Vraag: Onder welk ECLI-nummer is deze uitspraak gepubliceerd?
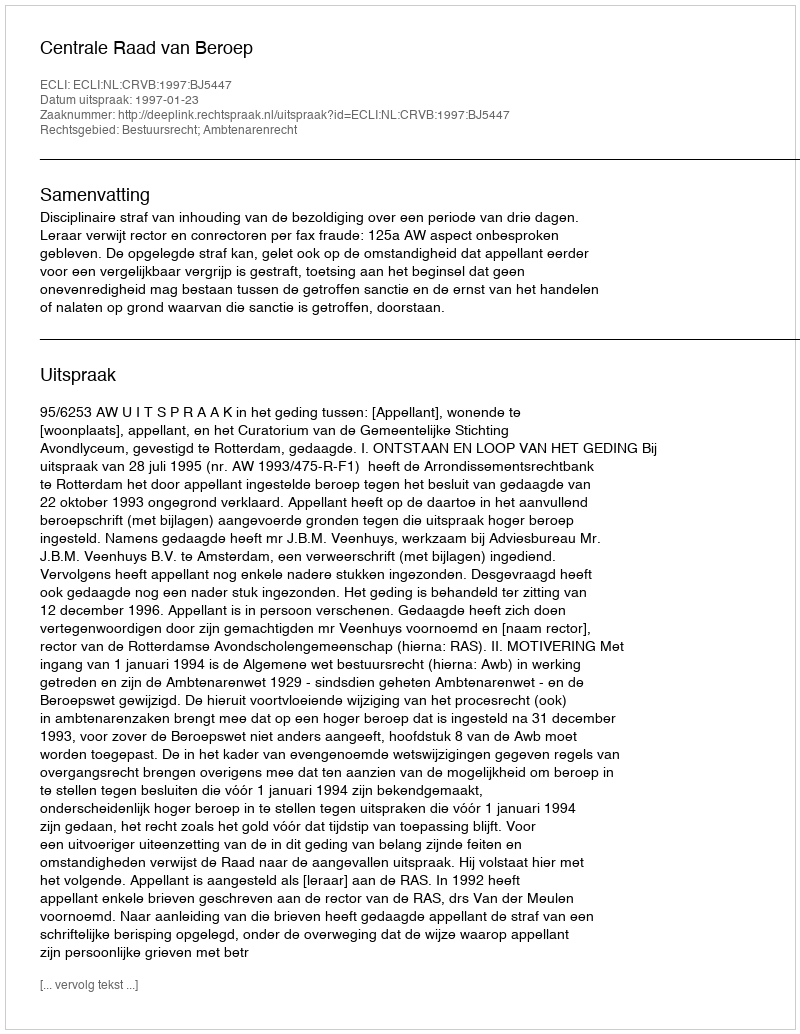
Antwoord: ECLI:NL:CRVB:1997:BJ5447